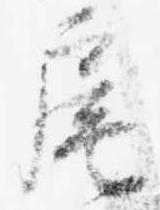
扈